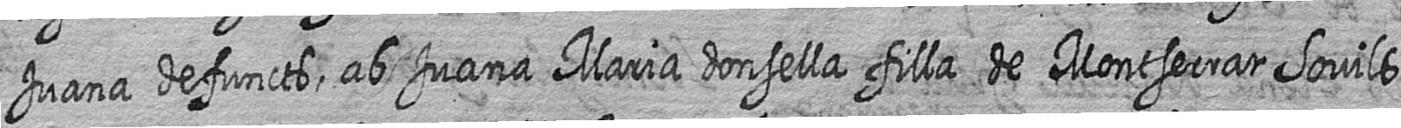
Juana defuncts ab Juana Maria donsella filla de Montserrat Sovils